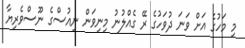
މި މަހުގެ އަށް ވަނަ ދުވަހުގެ ރޭ ގެއްލުނު މިނިވަން ނިއުސްގެ ނޫސްވެރިޔާ